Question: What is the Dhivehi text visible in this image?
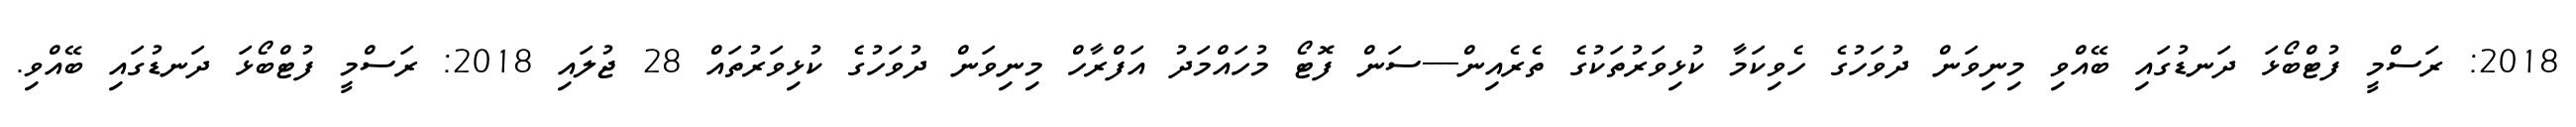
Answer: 2018: ރަސްމީ ފުޓްބޯޅަ ދަނޑުގައި ބޭއްވި މިނިވަން ދުވަހުގެ ހެވިކަމާ ކުޅިވަރުތަކުގެ ތެރެއިން----ސަން ފޮޓޯ މުހައްމަދު އަފްރާހް މިނިވަން ދުވަހުގެ ކުޅިވަރުތައް 28 ޖުލައި 2018: ރަސްމީ ފުޓްބޯޅަ ދަނޑުގައި ބޭއްވި.